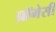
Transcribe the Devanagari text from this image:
प्रॉमेसी